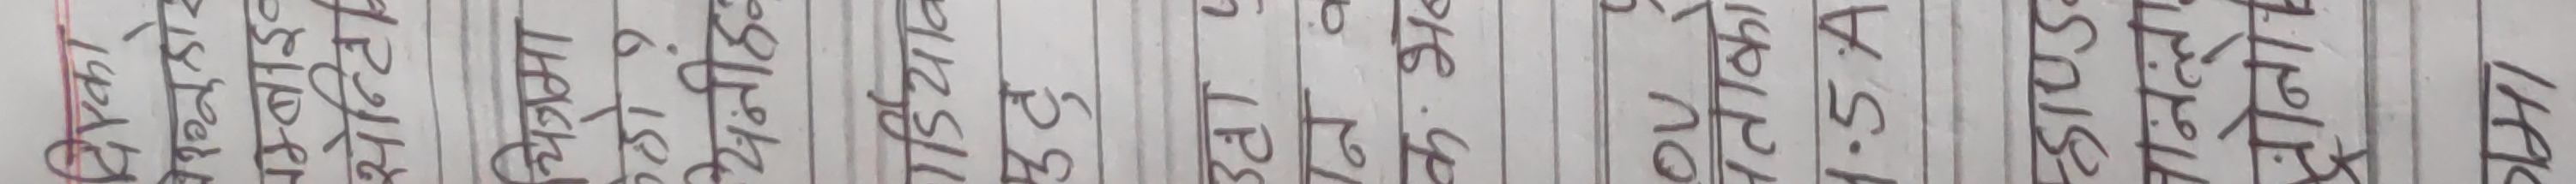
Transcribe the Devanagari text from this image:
प्र.पु.
तल्च
सहित
पिन
टच
तथा
क
अ
क
र
लाकस
३.७६
६.४
९.६३
७
५०
१२.५०
१५
१९
२१.३
२६.६
२९.१५
३२.१
३४
३५.६
४०
४३
४४.५
४५.६
४८
४९
५०
५१
५२
५४
५६
५८
५९
६०
६२
६३
६४
६६
६७
६८
६९
७०
७१
७२
७३
७४
७५
७६
७७
७८
८०
८१
८२
८३
८४
८५
८६
८७
८८
८९
९०
९१
९२
९३
९४
९५
९६
९७
९८
९९
१००
१०१
१०२
१०३
१०४
१०५
१०६
१०७
१०८
१०९
११०
१११
११२
११३
११४
११५
११६
११७
११८
११९
१२०
१२१
१२२
१२३
१२४
१२५
१२६
१२७
१२८
१२९
१३०
१३१
१३२
१३३
१३४
१३५
१३६
१३७
१३८
१३९
१४०
१४१
१४२
१४३
१४४
१४५
१४६
१४७
१४८
१४९
१५०
१५१
१५२
१५३
१५४
१५५
१५६
१५७
१५८
१५९
१६०
१६१
१६२
१६३
१६४
१६५
१६६
१६७
१६८
१६९
१७०
१७१
१७२
१७३
१७४
१७५
१७६
१७७
१७८
१७९
१८०
१८१
१८२
१८३
१८४
१८५
१८६
१८७
१८८
१८९
१९०
१९१
१९२
१९३
१९४
१९५
१९६
१९७
१९८
१९९
२००
२०१
२०२
२०३
२०४
२०५
२०६
२०७
२०८
२०९
२१०
२११
२१२
२१३
२१४
२१५
२१६
२१७
२१८
२१९
२२०
२२१
२२२
२२३
२२४
२२५
२२६
२२७
२२८
२२९
२३०
२३१
२३२
२३३
२३४
२३५
२३६
२३७
२३८
२३९
२४०
२४१
२४२
२४३
२४४
२४५
२४६
२४७
२४८
२४९
२५०
२५१
२५२
२५३
२५४
२५५
२५६
२५७
२५८
२५९
२६०
२६१
२६२
२६३
२६४
२६५
२६६
२६७
२६८
२६९
२७०
२७१
२७२
२७३
२७४
२७५
२७६
२७७
२७८
२७९
२८०
२८१
२८२
२८३
२८४
२८५
२८६
२८७
२८८
२८९
२९०
२९१
२९२
२९३
२९४
२९५
२९६
२९७
२९८
२९९
३००
३०१
३०२
३०३
३०४
३०५
३०६
३०७
३०८
३०९
३१०
३११
३१२
३१३
३१४
३१५
३१६
३१७
३१८
३१९
३२०
३२१
३२२
३२३
३२४
३२५
३२६
३२७
३२८
३२९
३३०
३३१
३३२
३३३
३३४
३३५
३३६
३३७
३३८
३३९
३४०
३४१
३४२
३४३
३४४
३४५
३४६
३४७
३४८
३४९
३५०
३५१
३५२
३५३
३५४
३५५
३५६
३५७
३५८
३५९
३६०
३६१
३६२
३६३
३६४
३६५
३६६
३६७
३६८
३६९
३७०
३७१
३७२
३७३
३७४
३७५
३७६
३७७
३७८
३७९
३८०
३८१
३८२
३८३
३८४
३८५
३८६
३८७
३८८
३८९
३९०
३९१
३९२
३९३
३९४
३९५
३९६
३९७
३९८
३९९
४००
४०१
४०२
४०३
४०४
४०५
४०६
४०७
४०८
४०९
४१०
४११
४१२
४१३
४१४
४१५
४१६
४१७
४१८
४१९
४२०
४२१
४२२
४२३
४२४
४२५
४२६
४२७
४२८
४२९
४३०
४३१
४३२
४३३
४३४
४३५
४३६
४३७
४३८
४३९
४४०
४४१
४४२
४४३
४४४
४४५
४४६
४४७
४४८
४४९
४५०
४५१
४५२
४५३
४५४
४५५
४५६
४५७
४५८
४५९
४६०
४६१
४६२
४६३
४६४
४६५
४६६
४६७
४६८
४६९
४७०
४७१
४७२
४७३
४७४
४७५
४७६
४७७
४७८
४७९
४८०
४८१
४८२
४८३
४८४
४८५
४८६
४८७
४८८
४८९
४९०
४९१
४९२
४९३
४९४
४९५
४९६
४९७
४९८
४९९
५००